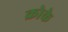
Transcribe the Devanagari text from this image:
क्रोके